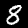
Label: 8